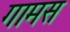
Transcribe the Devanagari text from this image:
गामस